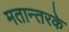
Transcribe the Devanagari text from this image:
मतान्तरके